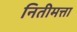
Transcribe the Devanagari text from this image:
नितीमत्ता